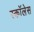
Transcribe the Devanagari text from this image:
स्कॉलेस